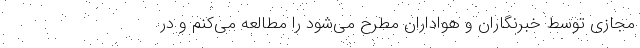
مجازی توسط خبرنگاران و هواداران مطرح می‌شود را مطالعه می‌کنم و در